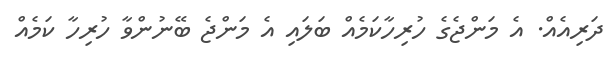
ދަރިއެއް. އެ މަންޖެގެ ހުރިހާކަމެއް ބަލައި އެ މަންޖެ ބޭނުންވާ ހުރިހާ ކަމެއް